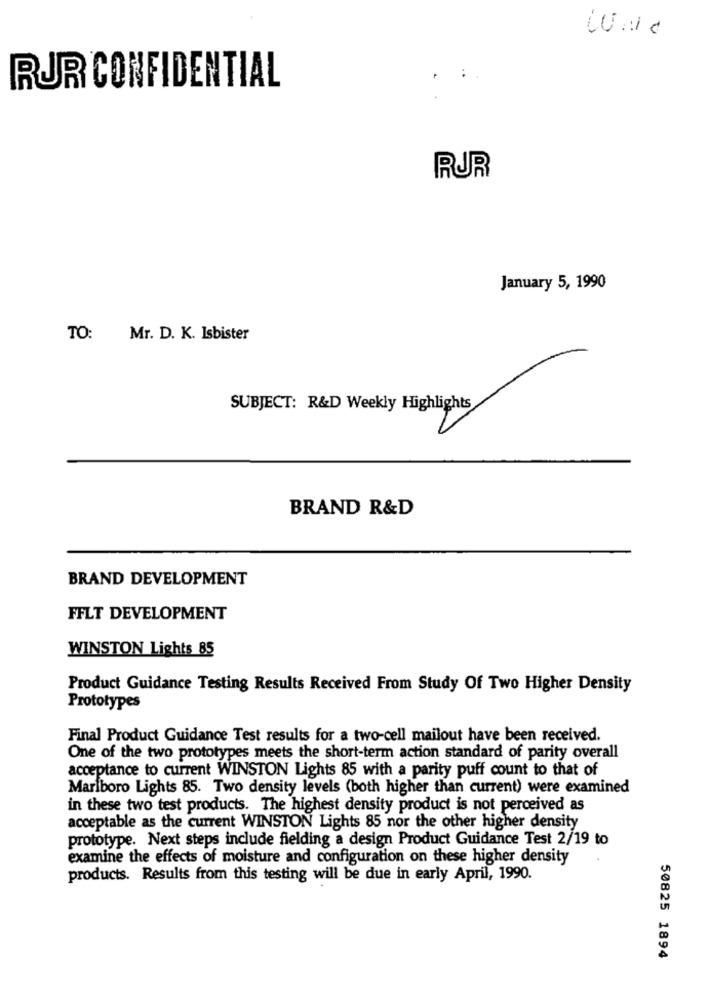
RUR CONFIDENTIAL
RUR
January 5, 1990
TO:
Mr. D. K. Isbister
SUBJECT: R&D Weekly Highlights
BRAND R&D
BRAND DEVELOPMENT
FFLT DEVELOPMENT
WINSTON Lights 85
Product Guidance Testing Results Received From Study Of Two Higher Density
Prototypes
Final Product Guidance Test results for a two-cell mailout have been received.
One of the two prototypes meets the short-term action standard of parity overall
acceptance to current WINSTON Lights 85 with a parity puff count to that of
Marlboro Lights 85. Two density levels (both higher than current) were examined
in these two test products. The highest density product is not perceived as
acceptable as the current WINSTON Lights 85 nor the other higher density
prototype. Next steps include fielding a design Product Guidance Test 2/19 to
examine the effects of moisture and configuration on these higher density
products. Results from this testing will be due in early April, 1990.
50825 1894